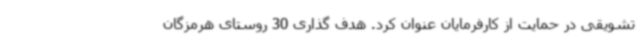
تشویقی در حمایت از کارفرمایان عنوان کرد. هدف گذاری 30 روستای هرمزگان